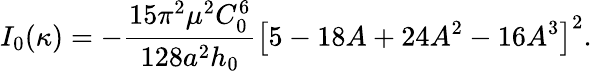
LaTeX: I_{0}(\kappa)=-\frac{15\pi^{2}\mu^{2}C_{0}^{6}}{128a^{2}h_{0}}\left[5-18A+24A^{2}-16A^{3}\right]^{2}.